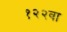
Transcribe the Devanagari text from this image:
१२२वा